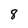
Character: 8